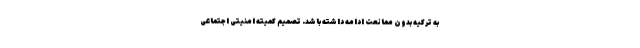
به ترکیه بدون ممانعت ادامه داشته باشد. تصمیم کمیته امنیتی اجتماعی